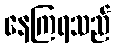
နေကြရသည်